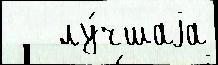
   лу́чшаjа